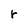
Character: r